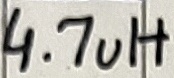
Text: 4.7uH